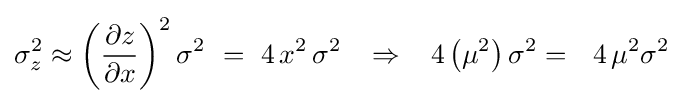
\sigma _{z}^{2}\approx \left({{\partial z} \over {\partial x}}\right)^{2}\sigma ^{2}\,\,=\,\,4\,x^{2}\,\sigma ^{2}\,\,\,\,\,\Rightarrow \,\,\,\,\,4\left({\mu ^{2}}\right)\sigma ^{2}=\,\,\,\,4\,\mu ^{2}\sigma ^{2}